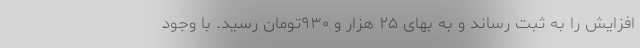
افزایش را به ثبت رساند و به بهای ۲۵ هزار و ۹۳۰‌تومان رسید. با وجود